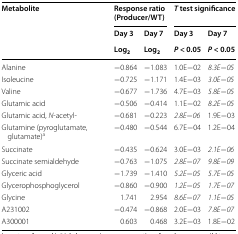
<table><thead><tr><td rowspan="3"><b>Metabolite</b></td><td colspan="2"><b>Response ratio (Producer/WT)</b></td><td colspan="2"><b><i>T</i> test significance</b></td></tr><tr><td><b>Day 3</b></td><td><b>Day 7</b></td><td><b>Day 3</b></td><td><b>Day 7</b></td></tr><tr><td><b>Log<sub>2</sub></b></td><td><b>Log<sub>2</sub></b></td><td><b><i>P</i> &lt; 0.05</b></td><td><b><i>P</i> &lt; 0.05</b></td></tr></thead><tbody><tr><td>Alanine</td><td>−0.864</td><td>−1.083</td><td>1.0E−02</td><td><i>8.3E−05</i></td></tr><tr><td>Isoleucine</td><td>−0.725</td><td>−1.171</td><td>1.4E−03</td><td><i>3.0E−05</i></td></tr><tr><td>Valine</td><td>−0.677</td><td>−1.736</td><td>4.7E−03</td><td><i>5.8E</i>−<i>05</i></td></tr><tr><td>Glutamic acid</td><td>−0.506</td><td>−0.414</td><td>1.1E−02</td><td><i>8.2E</i>−<i>05</i></td></tr><tr><td>Glutamic acid, <i>N</i>-acetyl-</td><td>−0.681</td><td>−0.223</td><td><i>2.8E</i>−<i>06</i></td><td>1.9E−03</td></tr><tr><td>Glutamine (pyroglutamate, glutamate)<sup>a</sup></td><td>−0.480</td><td>−0.544</td><td>6.7E−04</td><td>1.2E−04</td></tr><tr><td>Succinate</td><td>−0.435</td><td>−0.624</td><td>3.0E−03</td><td><i>2.1E</i>−<i>06</i></td></tr><tr><td>Succinate semialdehyde</td><td>−0.763</td><td>−1.075</td><td><i>2.8E</i>−<i>07</i></td><td><i>9.8E</i>−<i>09</i></td></tr><tr><td>Glyceric acid</td><td>−1.739</td><td>−1.410</td><td><i>5.2E</i>−<i>05</i></td><td><i>5.7E</i>−<i>05</i></td></tr><tr><td>Glycerophosphoglycerol</td><td>−0.860</td><td>−0.900</td><td><i>1.2E</i>−<i>05</i></td><td><i>1.7E</i>−<i>07</i></td></tr><tr><td>Glycine</td><td>1.741</td><td>2.954</td><td><i>8.6E</i>−<i>07</i></td><td><i>1.1E</i>−<i>05</i></td></tr><tr><td>A231002</td><td>−0.474</td><td>−0.868</td><td>2.0E−03</td><td><i>7.8E</i>−<i>07</i></td></tr><tr><td>A300001</td><td>0.603</td><td>0.468</td><td>3.2E−03</td><td>1.8E−02</td></tr></tbody></table>